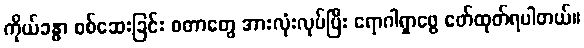
ကိုယ်ခန္ဓာ စစ်ဆေးခြင်း စတာတွေ အားလုံးလုပ်ပြီး ရောဂါရှာဖွေ ဖော်ထုတ်ရပါတယ်။